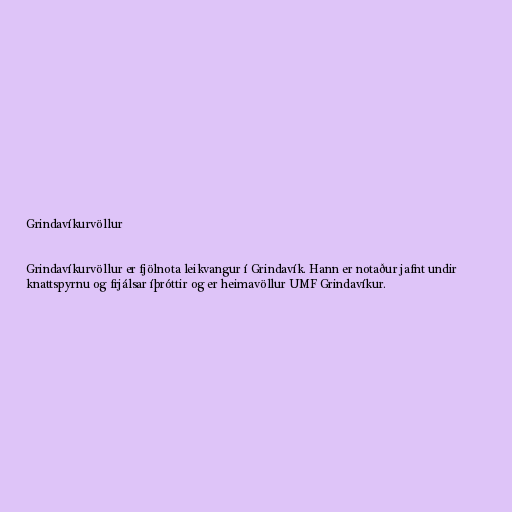
Grindavíkurvöllur

Grindavíkurvöllur er fjölnota leikvangur í Grindavík. Hann er notaður jafnt undir
knattspyrnu og frjálsar íþróttir og er heimavöllur UMF Grindavíkur.